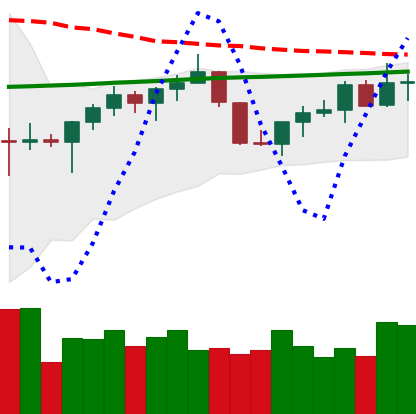
Ticker: TRX-USD
Chart end date: 2022-07-19
Forward return: -3.179%
Label: down_3_5